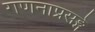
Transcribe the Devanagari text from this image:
गणनाप्रसङ्गे